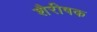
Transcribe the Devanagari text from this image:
शैरीषक